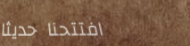
افتتحنا حديثاً